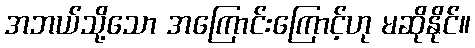
အဘယ်သို့သော အကြောင်းကြောင့်ဟု မဆိုနိုင်။